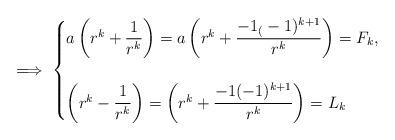
LaTeX: \begin{align*} \implies \begin{cases}a\left(r^k+\dfrac{1}{r^k}\right)=a\left(r^k+\dfrac{-1_(-1)^{k+1}}{r^k}\right)=F_k, \\ &\\ \left(r^k-\dfrac{1}{r^k}\right)=\left(r^k+\dfrac{-1(-1)^{k+1}}{r^k}\right)=L_k\end{cases} \end{align*}